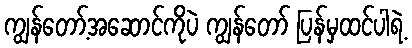
ကျွန်တော့်အဆောင်ကိုပဲ ကျွန်တော် ပြန်မှထင်ပါရဲ့